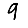
Digit: 9